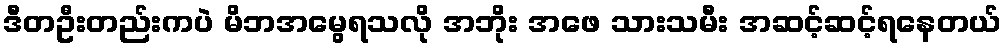
ဒီတဦးတည်းကပဲ မိဘအမွေရသလို အဘိုး အဖေ သားသမီး အဆင့်ဆင့်ရနေတယ်